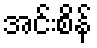
အင်းစိန်